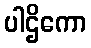
ပါဌိကော